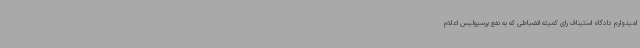
امیدوارم دادگاه استیناف رای کمیته انضباطی که به نفع پرسپولیس اعلام